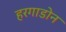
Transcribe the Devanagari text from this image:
हरगाडोन